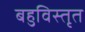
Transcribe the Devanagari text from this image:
बहुविस्तृत